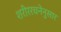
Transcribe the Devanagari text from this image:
शरीररचनेनुसार